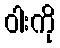
ဝါးကို